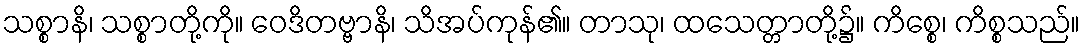
သစ္စာနိ၊ သစ္စာတို့ကို။ ဝေဒိတဗ္ဗာနိ၊ သိအပ်ကုန်၏။ တာသု၊ ထသေတ္တာတို့၌။ ကိစ္စေ၊ ကိစ္စသည်။